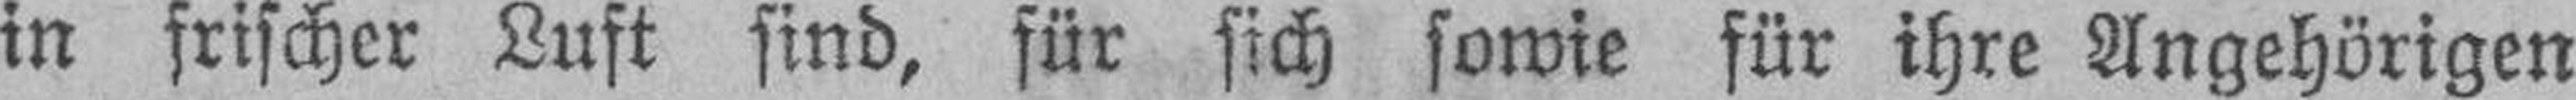
in frischer Luft sind, für sich sowie für ihre Angehörigen